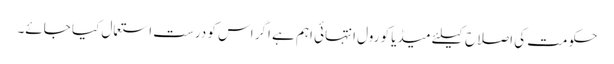
حکومت کی اصلاح کیلئے میڈیا کو رول انتہائی اہم ہے اگر اس کو درست استعمال کیا جائے۔